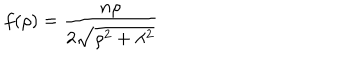
f ( \rho ) = { \frac { n \rho } { 2 \sqrt { \rho ^ { 2 } + \lambda ^ { 2 } } } }